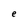
Character: e